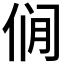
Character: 𰂎